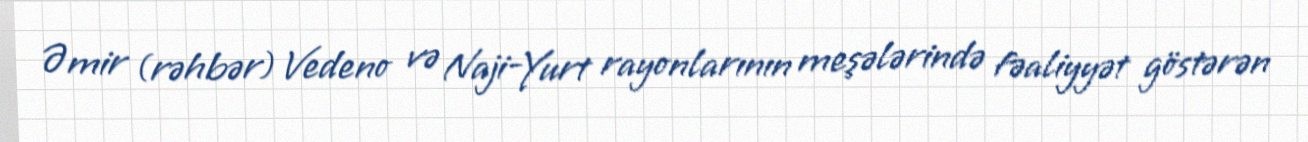
Əmir (rəhbər) Vedeno və Naji-Yurt rayonlarının meşələrində fəaliyyət göstərən